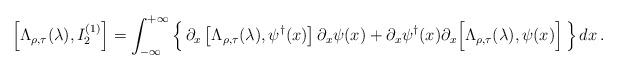
LaTeX: \begin{align*}\left[ \Lambda_{\rho,\tau}( \lambda ), I_2^{( 1 )} \right] = \int_{-\infty}^{+\infty}\left\{ \, \partial_x\left[ \Lambda_{\rho,\tau}( \lambda ), \psi^\dagger( x ) \right] \partial_x\psi( x ) + \partial_x\psi^\dagger( x )\partial_x\Big[ \Lambda_{\rho,\tau}(\lambda ), \psi( x ) \Big]\, \right\} dx \, .\end{align*}